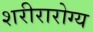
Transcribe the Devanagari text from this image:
शरीरारोग्य